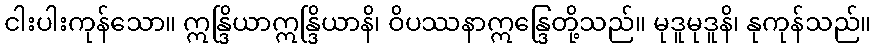
ငါးပါးကုန်သော။ ဣန္ဒြိယာဣန္ဒြိယာနိ၊ ဝိပဿနာဣန္ဒြေတို့သည်။ မုဒူမုဒူနိ၊ နုကုန်သည်။